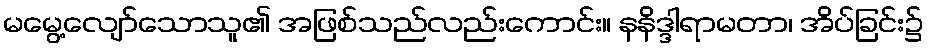
မမွေ့လျော်သောသူ၏ အဖြစ်သည်လည်းကောင်း။ နနိဒ္ဒါရာမတာ၊ အိပ်ခြင်း၌